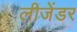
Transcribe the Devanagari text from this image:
लीजेंडर